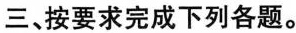
三、按要求完成下列各题。